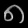
Digit: ၈